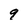
Character: 9